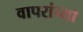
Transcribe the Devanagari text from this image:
वापरांच्या